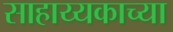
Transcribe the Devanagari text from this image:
साहाय्यकाच्या